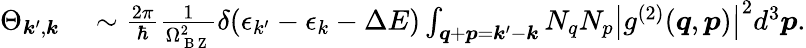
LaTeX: \begin{array}{rl}{\Theta_{\boldsymbol{k}^{\prime},\boldsymbol{k}}}&{{}\sim\frac{2\pi}{\hbar}\frac{1}{\Omega_{\mathrm{~B~Z~}}^{2}}\delta(\epsilon_{k^{\prime}}-\epsilon_{k}-\Delta E)\int_{\boldsymbol{q}+\boldsymbol{p}=\boldsymbol{k}^{\prime}-\boldsymbol{k}}N_{q}N_{p}\big|g^{(2)}(\boldsymbol{q},\boldsymbol{p})\big|^{2}d^{3}\boldsymbol{p}.}\end{array}